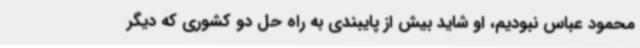
محمود عباس نبودیم، او شاید بیش از پایبندی به راه حل دو کشوری که دیگر